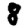
Digit: 8